Vaccination report Assam 1896-1927 - 1896-1927
Year: 1896
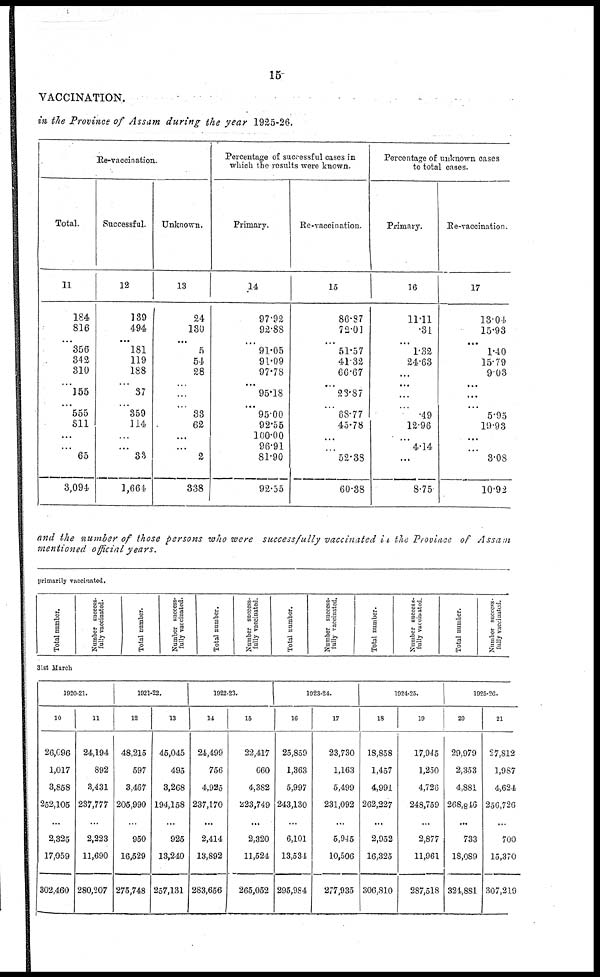
15
VACCINATION.
in the Province of Assam during the year 1925-26.
Re-vaccination.
Total.
11
184
816
...
356
342
310
...
155
...
555
811
...
...
65
3,094
Successful.
12
139
494
...
181
119
188
...
37
...
359
114
...
...
33
1,664
Unknown.
13
24
130
...
5
54
28
...
...
...
33
62
...
...
2
338
Percentage of successful cases in
which the results were known.
Primary.
14
97.92
92.88
...
91.05
91.09
97.78
...
95.18
...
95.00
92.55
100.00
96.91
81.90
92.55
Re-vaccination.
15
86.87
72.01
...
51.57
41.32
66.67
...
23.87
...
68.77
45.78
...
...
52.38
60.38
Percentage of unknown cases
to total cases.
Primary.
16
11.11
.31
...
1.32
24.63
...
...
...
...
.49
12.96
...
4.14
...
8.75
Re-vaccination.
17
13.04
15.93
...
1.40
15.79
9.03
...
...
...
5.95
19.93
...
...
3.08
10.92
and the number of those persons who were successfully vaccinated it the Province of Assam
mentioned official years.
primarily vaccinated.
Total number.
Number success¬
fully vaccinated.
Total number.
Number success-
fully vaccinated.
Total number.
Number success-
fully vaccinated.
Total number.
Number success-
fully vaccinated.
Total number.
Number success-
fully vaccinated.
Total number.
Number success-
fully vaccinated.
31st March
1920-21.
10
26,096
1,017
3,858
252,105
...
2,325
17,059
302,460
11
24,194
892
3,431
237,777
...
2,223
11,690
280,207
1921-22.
12
48,215
597
3,467
205,990
...
950
16,529
275,748
13
45,045
495
3,268
194,158
...
925
13,240
257,131
1922-23.
14
24,499
756
4,925
237,170
...
2,414
13,892
283,656
15
22,417
660
4,382
223,749
...
2,320
11,524
265,052
1923-24.
16
25,859
1,363
5,997
243,130
...
6,101
13,534
295,984
17
23,730
1,163
5,499
231,092
...
5,945
10,506
277,935
1924-25.
18
18,858
1,457
4,991
262,227
...
2,952
16,325
306,810
19
17,945
1,250
4,726
248,759
...
2,877
11,961
287,518
1925-26.
20
29,979
2,353
4,881
268,846
...
733
18,089
324,881
21
27,812
1,987
4,624
256,726
...
700
15,370
307,219